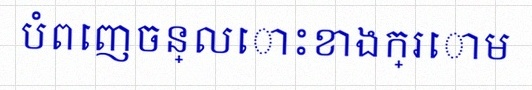
បំពេញចន្លោះខាងក្រោម